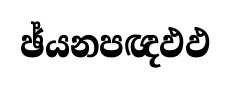
ඡ්යනපඥඵඵ